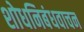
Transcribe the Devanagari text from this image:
शोधनिबंधवाचन